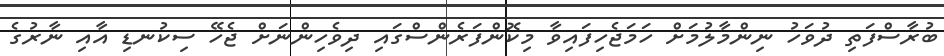
ބުރާސްފަތި ދުވަހު ނިންމާލުމަށް ހަމަޖެހިފައިވާ މިކޮންފަރެންސްގައި ދިވެހިންނަށް ޖެހޭ ސިކުނޑި އާއި ނާރުގެ